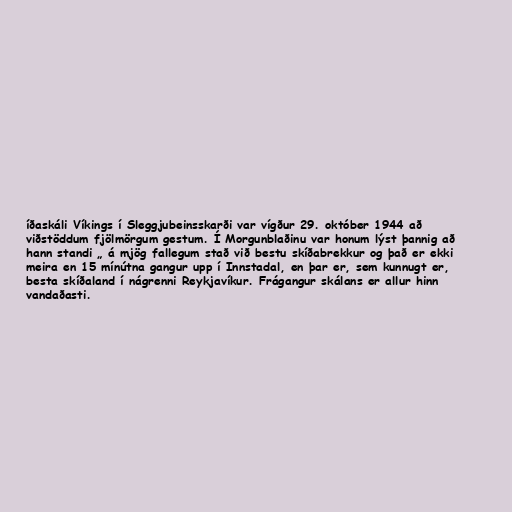
íðaskáli Víkings í Sleggjubeinsskarði var vígður 29. október 1944 að
viðstöddum fjölmörgum gestum. Í Morgunblaðinu var honum lýst þannig að
hann standi „ á mjög fallegum stað við bestu skíðabrekkur og það er ekki
meira en 15 mínútna gangur upp í Innstadal, en þar er, sem kunnugt er,
besta skíðaland í nágrenni Reykjavíkur. Frágangur skálans er allur hinn
vandaðasti.